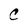
Character: C